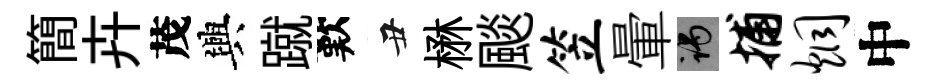
簡卉茂興蹴歎丑楙颷笠暈谒捕炯中